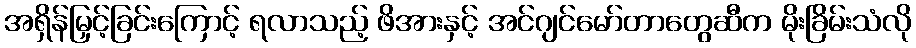
အရှိန်မြှင့်ခြင်းကြောင့် ရလာသည့် ဖိအားနှင့် အင်ဂျင်မော်တာတွေဆီက မိုးခြိမ်းသံလို